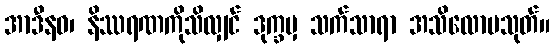
အာဒီနဝ၊ နိဿရဏကိုသိလျှင် ဒုက္ခမှ သက်သာရာ အသိလောမသုတ်။